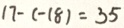
1 7 - ( - 1 8 ) = 3 5